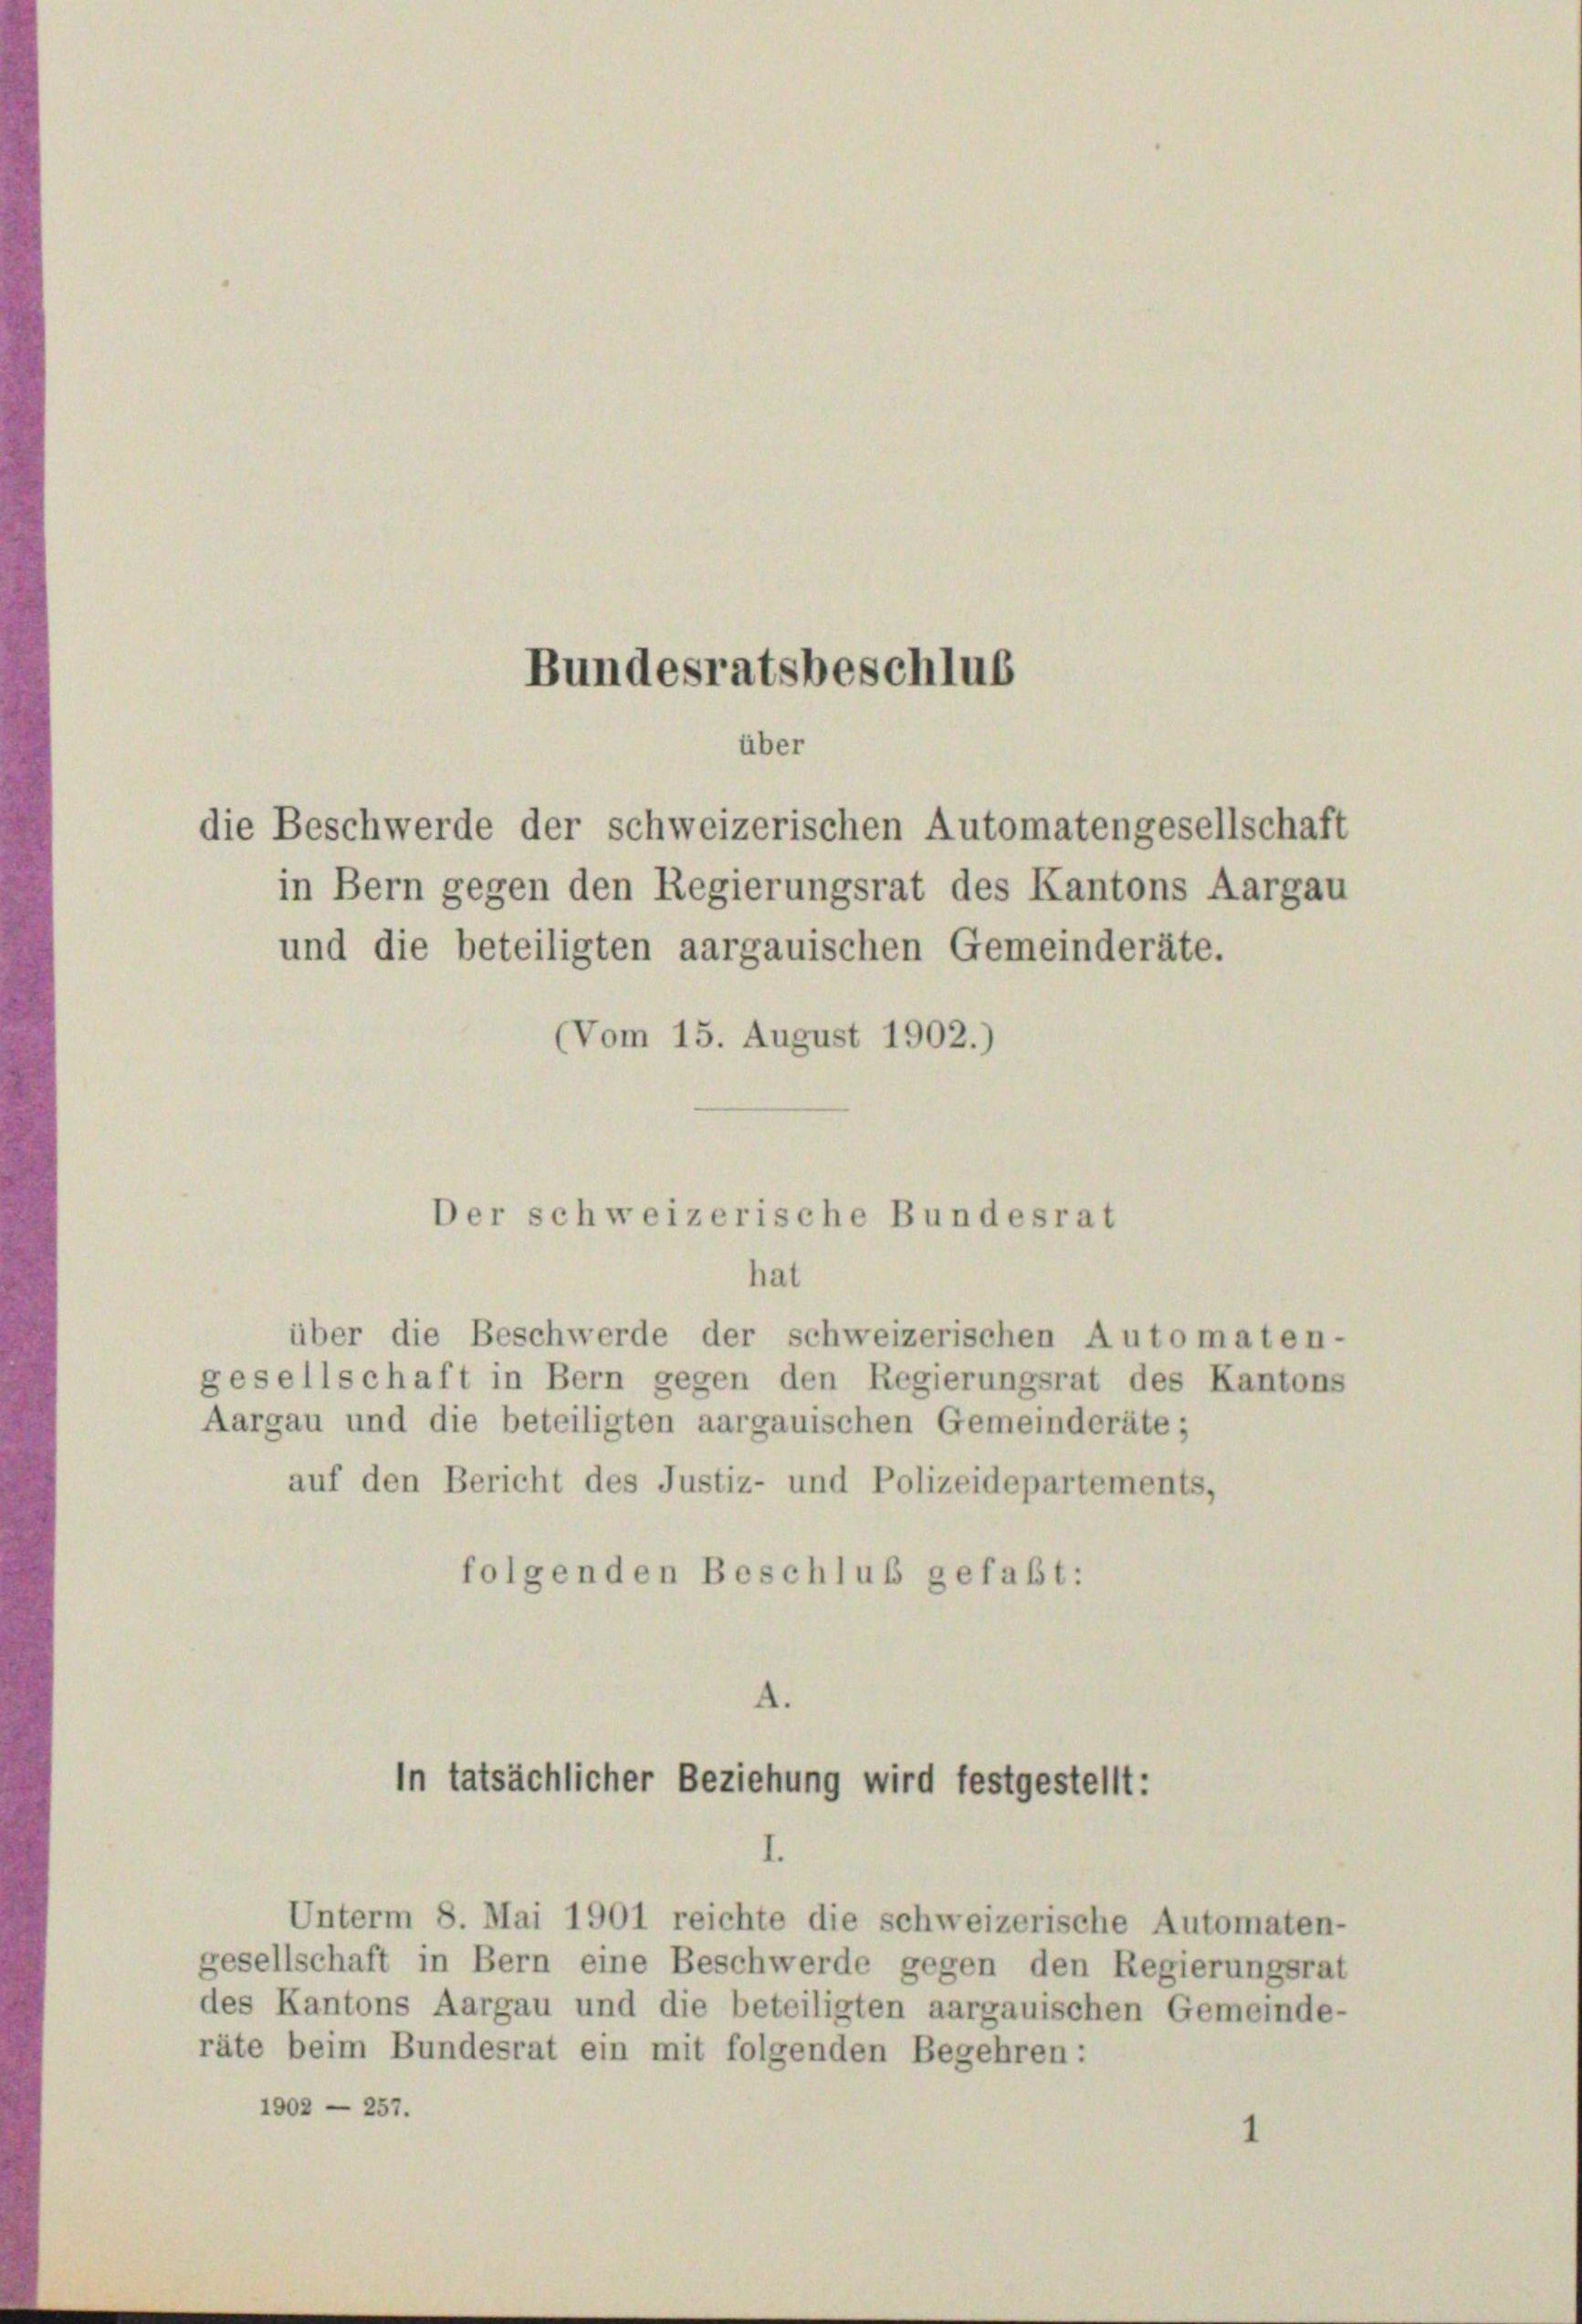
Bundesratsbeschlus
über
die Beschwerde der schweizerischen Automatengesellschaft
in Bern gegen den Regierungsrat des Kantons Aargau

(Vom 15. August 1902.)

hat
über die Beschwerde der schweizerischen Automaten-
gesellschaft in Bern gegen den Regierungsrat des Kantons
Aargau und die beteiligten aargauischen Gemeinderäte ;
auf den Bericht des Justiz- und Polizeidepartements,
folgenden Beschluß gefaßt:

und die beteiligten aargauischen Gemeinderäte.

Der schweizerische Bundesrat

¬
In tatsächlicher Beziehung wird festgestellt:
I.

Unterm 8. Mai 1901 reichte die schweizerische Automaten-
gesellschaft in Bern eine Beschwerde gegen den Regierungsrat
des Kantons Aargau und die beteiligten aargauischen Gemeinde-
räte beim Bundesrat ein mit folgenden Begehren:
1902 — 257.